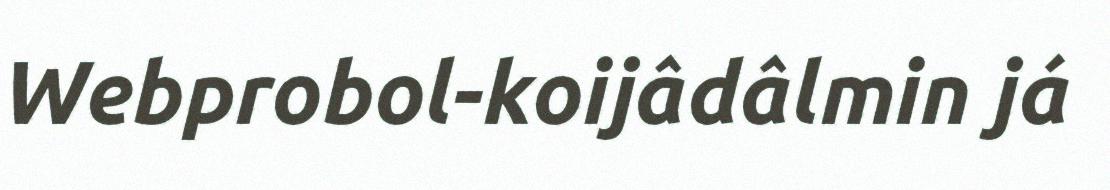
Webprobol-koijâdâlmin já